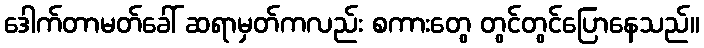
ဒေါက်တာမတ်ခေါ် ဆရာမှတ်ကလည်း စကားတွေ တွင်တွင်ပြောနေသည်။